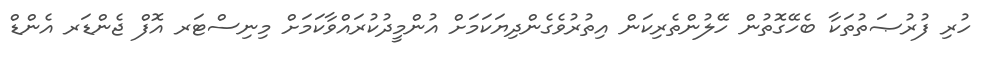
ހުރި ފުރުޞަތުތަކާ ބެހޭގޮތުން ހޭލުންތެރިކަން އިތުރުވެގެންދިޔަކަމަށް އުންމީދުކުރައްވާކަމަށް މިނިސްޓަރ އޮފް ޖެންޑަރ އެންޑް